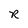
Character: R